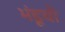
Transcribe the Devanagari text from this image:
भंडूची